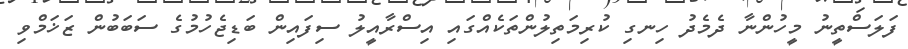
ފަލަސްތީނު މީހުންނާ ދެމެދު ހިނގި ކުރިމަތިލުންތަކެއްގައި އިސްރާއީލު ސިފައިން ބަޑިޖެހުމުގެ ސަބަބުން ޒަޚަމްވި